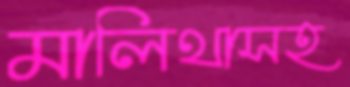
মালিথাসহ